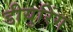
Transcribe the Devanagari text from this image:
डीयुरिंग